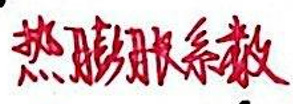
热膨胀系数